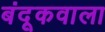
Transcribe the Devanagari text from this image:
बंदूकवाला